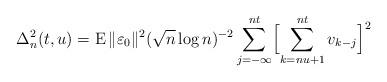
LaTeX: \begin{align*}\Delta_n^2(t,u)=\operatorname E\|\varepsilon_0\|^2(\sqrt{n}\log n)^{-2}\sum_{j=-\infty}^{nt}\Bigl[\sum_{k=nu+1}^{nt}v_{k-j}\Bigr]^2\end{align*}